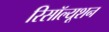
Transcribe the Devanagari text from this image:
रिसॉल्यूशन